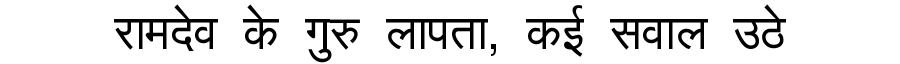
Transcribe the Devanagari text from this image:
रामदेव के गुरु लापता, कई सवाल उठे